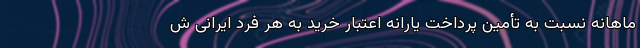
ماهانه نسبت به تأمین پرداخت یارانه اعتبار خرید به هر فرد ایرانی ش